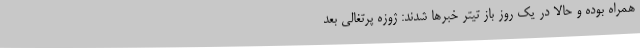
همراه بوده و حالا در یک روز باز تیتر خبرها شدند: ژوزه پرتغالی بعد